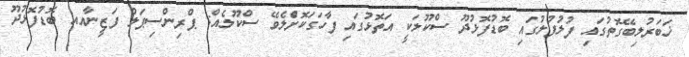
ޚަބަރުލިބޭގޮތުގައި ފުލުފުލުގައި ބޮޑުފޮޅުދޫ ސްކޫލަކީ އަތޮޅުގައި ފާހަގަކޮށްެލެވޭ ސްކޫލެއް: ޕްރިންސިޕަލް ފަޒީނާއއ ބޮޑުފޮޅުދޫ